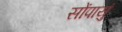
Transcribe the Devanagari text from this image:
सोंपायुं